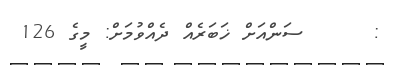
:     ސަންއަށް ޚަބަރެއް ދެއްވުމަށް: މީގެ 126